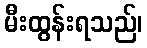
မီးထွန်းရသည်၊